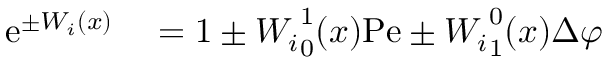
\begin{array} { r l } { \mathrm { e } ^ { \pm W _ { i } ( x ) } } & { { } = 1 \pm { W _ { i } } _ { 0 } ^ { 1 } ( x ) \mathrm { P e } \pm { W _ { i } } _ { 1 } ^ { 0 } ( x ) \Delta \varphi } \end{array}